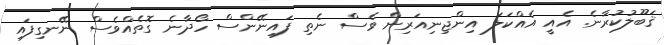
ޤަބޫލުކުރާނެ. އެއީ އެއްކަލަ އިންޖިނިއަރިން ވެސް ނެތި ފައިނޭންސް ހޯދާނެ ގޮތެއްވެސް ނޭނގިފައި